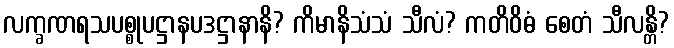
လက္ခဏရသပစ္စုပဋ္ဌာနပဒဋ္ဌာနာနိ? ကိမာနိသံသံ သီလံ? ကတိဝိဓံ စေတံ သီလန္တိ?